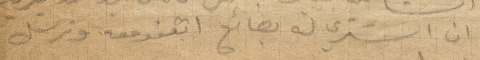
ان اشتري له بضائع اتفق معه ونرسل